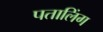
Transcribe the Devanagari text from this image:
पतालिंग